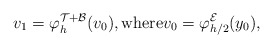
\begin{align*} v_1= \varphi_h^{\mathcal{T} + \mathcal{B}}(v_0), \textrm{where} v_0 = \varphi_{h/2}^{\mathcal{E}} (y_0),\end{align*}